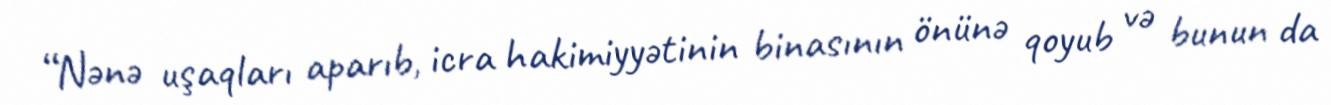
“Nənə uşaqları aparıb, icra hakimiyyətinin binasının önünə qoyub və bunun da